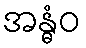
အန္ဓံဝ